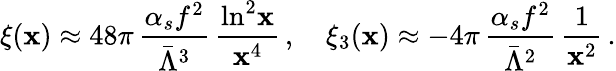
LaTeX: \xi(\mathbf{x})\approx48\pi\, \frac{{\alpha_{s}f^{2}}}{{\bar{{\Lambda}}^{3}}}\, \frac{{\ln^{2}\! \mathbf{x}}}{{\mathbf{x}^{4}}}\, ,\quad\xi_{3}(\mathbf{x})\approx-4\pi\, \frac{{\alpha_{s}f^{2}}}{{\bar{{\Lambda}}^{2}}}\, \frac{{1}}{{\mathbf{x}^{2}}}\, .